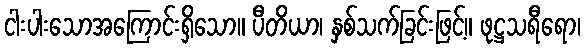
ငါးပါးသောအကြောင်းရှိသော။ ပီတိယာ၊ နှစ်သက်ခြင်းဖြင့်။ ဖုဋ္ဌသရီရော၊